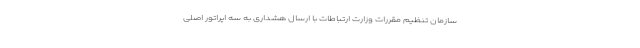
سازمان تنظیم مقررات وزارت ارتباطات با ارسال هشداری به سه اپراتور اصلی